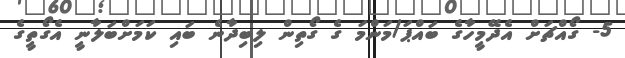
5- ގޯއްޗަށް އެދޭމީހާގެ ބައްޕަ/މަންމަ ގެ ގޯތިން ލިބިދާނެ ބައި ކަމަށްބަލާނީ އެގޯތީގެ